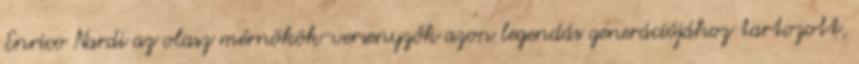
Enrico Nardi az olasz mérnökök-versenyzők azon legendás generációjához tartozott,